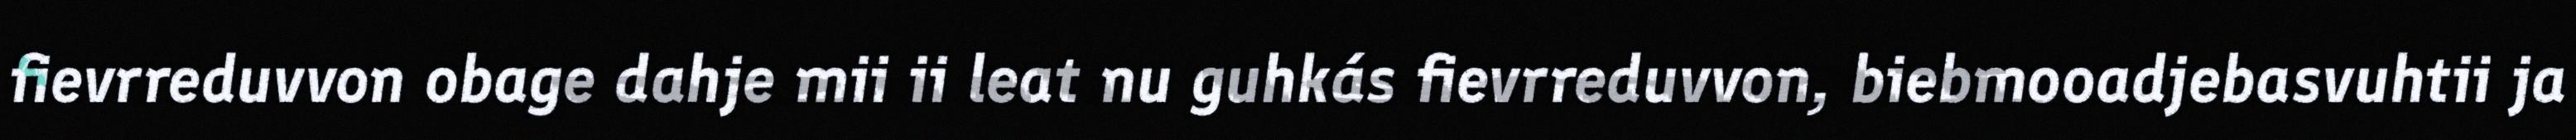
fievrreduvvon obage dahje mii ii leat nu guhkás fievrreduvvon, biebmooadjebasvuhtii ja